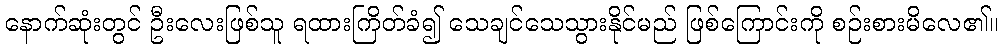
နောက်ဆုံးတွင် ဦးလေးဖြစ်သူ ရထားကြိတ်ခံ၍ သေချင်သေသွားနိုင်မည် ဖြစ်ကြောင်းကို စဉ်းစားမိလေ၏။